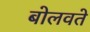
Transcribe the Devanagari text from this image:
बोलवते